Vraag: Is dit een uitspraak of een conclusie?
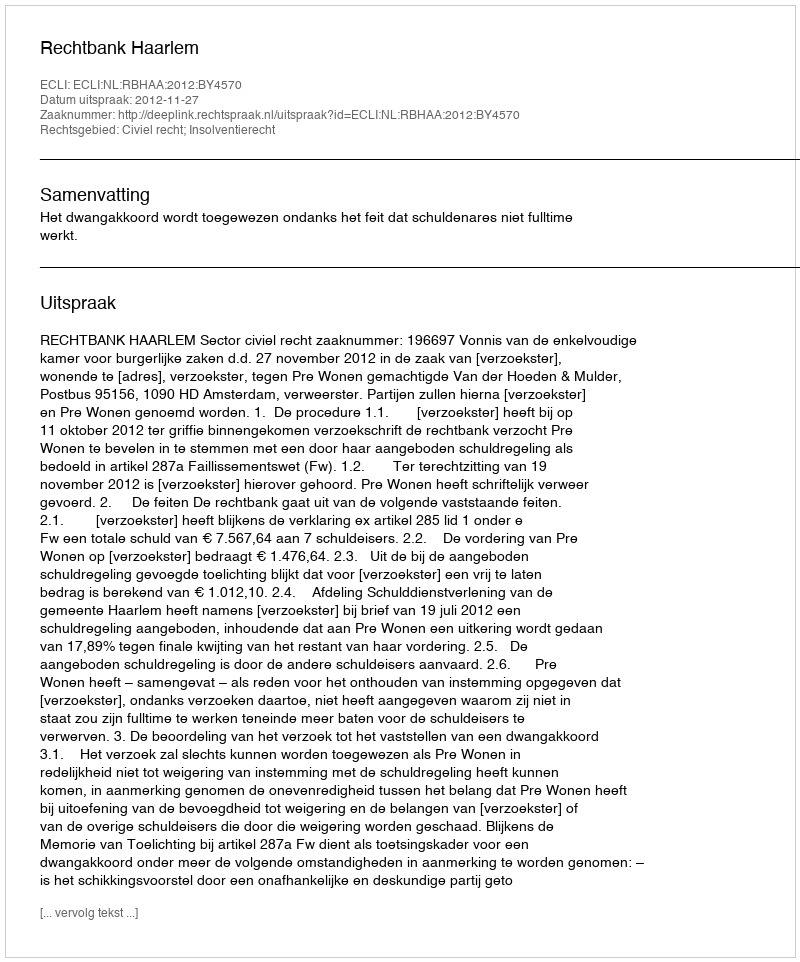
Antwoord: Uitspraak